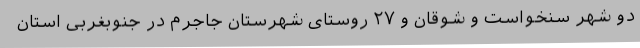
دو شهر سنخواست و شوقان و ۲۷ روستای شهرستان جاجرم در جنوبغربی استان